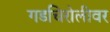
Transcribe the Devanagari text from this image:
गडचिरोलीवर